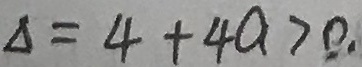
\Delta = 4 + 4 a > 0